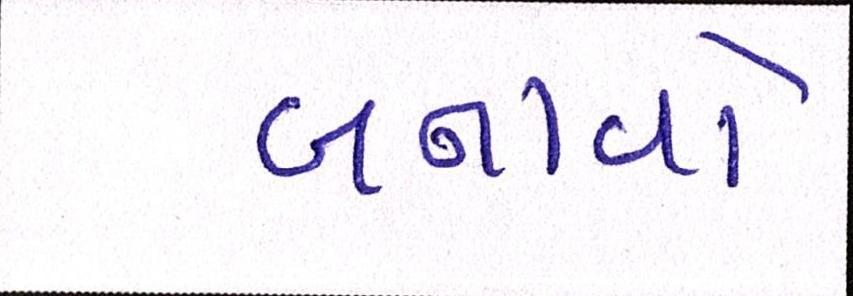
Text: બનાવો